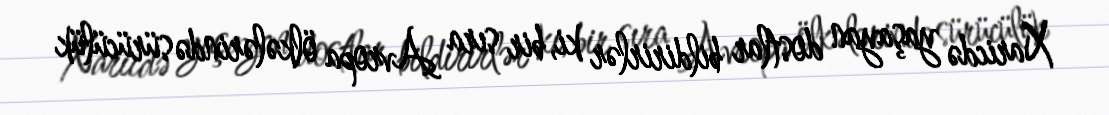
Xaricdə yaşayan dostlar bildirirlər ki, bir sıra Avropa ölkələrində sürücülük